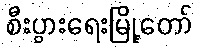
စီးပွားရေးမြို့တော်